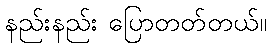
နည်းနည်း ပြောတတ်တယ်။